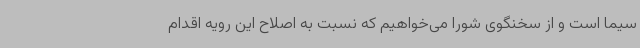
سیما است و از سخنگوی شورا می‌خواهیم که نسبت به اصلاح این رویه اقدام